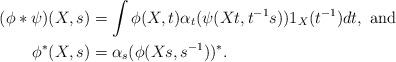
LaTeX: \begin{align*}(\phi*\psi)(X,s)&=\int \phi(X,t)\alpha_{t}(\psi(Xt,t^{-1}s))1_{X}(t^{-1})dt, \textrm{ and} \\ \phi^{*}(X,s)&=\alpha_{s}(\phi(Xs,s^{-1}))^{*}.\end{align*}